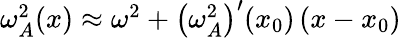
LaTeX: \begin{array}{r}{\omega_{A}^{2}(x)\approx\omega^{2}+\left(\omega_{A}^{2}\right)^{\prime}(x_{0})\left(x-x_{0}\right)}\end{array}